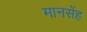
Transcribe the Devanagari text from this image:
मानसेंह